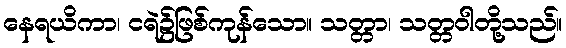
နေရယိကာ၊ ငရဲ၌ဖြစ်ကုန်သော။ သတ္တာ၊ သတ္တဝါတို့သည်။